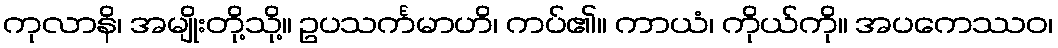
ကုလာနိ၊ အမျိုးတို့သို့။ ဥပသင်္ကမာဟိ၊ ကပ်၏။ ကာယံ၊ ကိုယ်ကို။ အပကေဿဝ၊